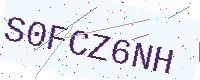
Text: S0FCZ6NH